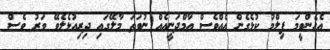
އެހެންވީމަ ފިލްމު ކުޅެގެން އެއްވެސް އާމްދަނީއެއް ނުވަތަ މާލޭގައި ދިރިއުޅެލެވޭ ވަރު ވެސް